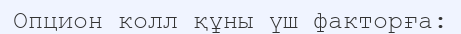
Опцион колл құны үш факторға: